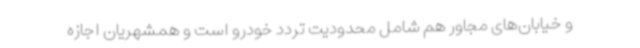
و خیابان‌های مجاور هم شامل محدودیت تردد خودرو است و همشهریان اجازه